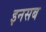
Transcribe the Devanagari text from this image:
इनसब